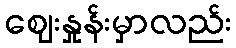
ဈေးနှုန်းမှာလည်း